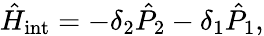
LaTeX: {\hat{H}}_{\mathrm{int}}=-\delta_{2}{\hat{P}}_{2}-\delta_{1}{\hat{P}}_{1},